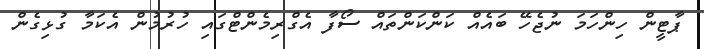
ޕާޓީން ހިންހަމަ ނުޖެހޭ ބައެއް ކަންކަންތައް ސޯފާ އެގްރިމެންޓްގައި ހުރުމުން އެކަމާ ގުޅިގެން